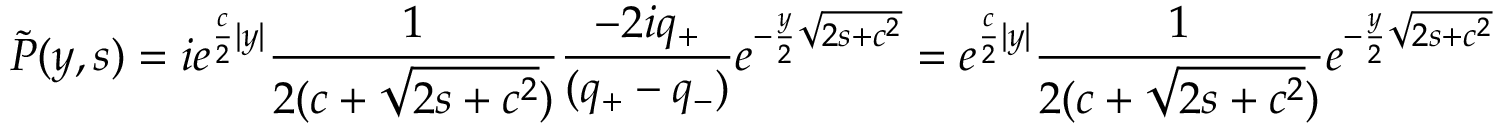
\tilde { P } ( y , s ) = i e ^ { \frac { c } { 2 } | y | } \frac { 1 } { 2 ( c + \sqrt { 2 s + c ^ { 2 } } ) } \frac { - 2 i q _ { + } } { ( q _ { + } - q _ { - } ) } e ^ { - \frac { y } { 2 } \sqrt { 2 s + c ^ { 2 } } } = e ^ { \frac { c } { 2 } | y | } \frac { 1 } { 2 ( c + \sqrt { 2 s + c ^ { 2 } } ) } e ^ { - \frac { y } { 2 } \sqrt { 2 s + c ^ { 2 } } }